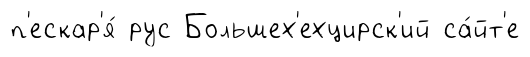
п'ескар'я́ рус Большех'ехцирск'ий са́йт'е